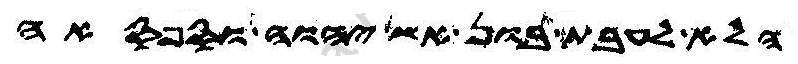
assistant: הלא לעבת בון אש יהוה וספסאה